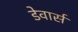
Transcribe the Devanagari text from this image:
डेवार्स